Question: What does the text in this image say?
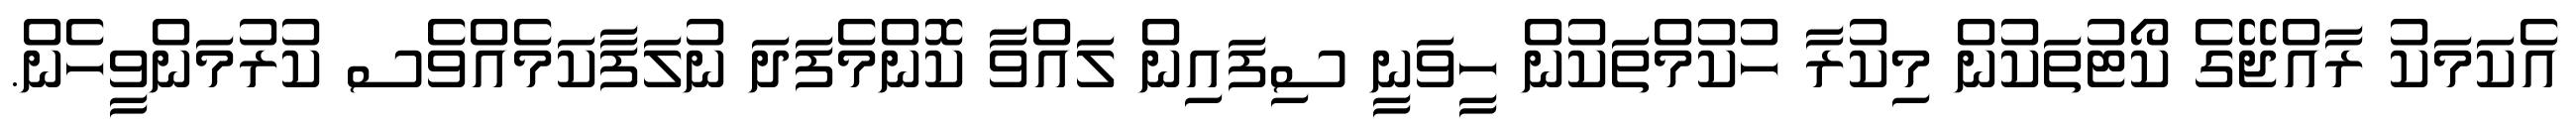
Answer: އެކަމަކު ރާއްޖޭގެ ކޯޓުތަކުން މިކުރާ ހުކުމްތަކުން ހީވަނީ ސިފައިން ލައްވާ ކޮންމެފަދަ ނުލަފާކަމެއްވެސ ކުރުމަންވީހެން.